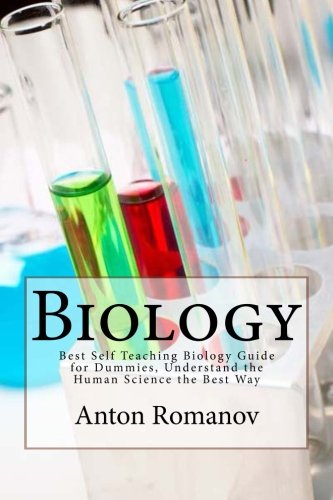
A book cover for Biology: Best Self Teaching Biology Guide for Dummies, Understand the Human Science the Best Way (Biology, Biology Guide, Biology For Beginners, Biology For Dummies, Biology Books); Anton Romanov; Teen & Young Adult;